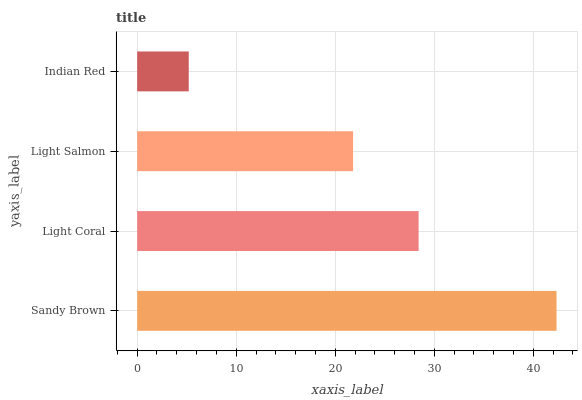
| yaxis_label | bars |
 | --- | --- |
 | Sandy Brown | 42.3 |
 | Light Coral | 28.4 |
 | Light Salmon | 21.8 |
 | Indian Red | 5.21 |